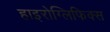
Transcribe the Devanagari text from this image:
हाइरोग्लिफिक्स